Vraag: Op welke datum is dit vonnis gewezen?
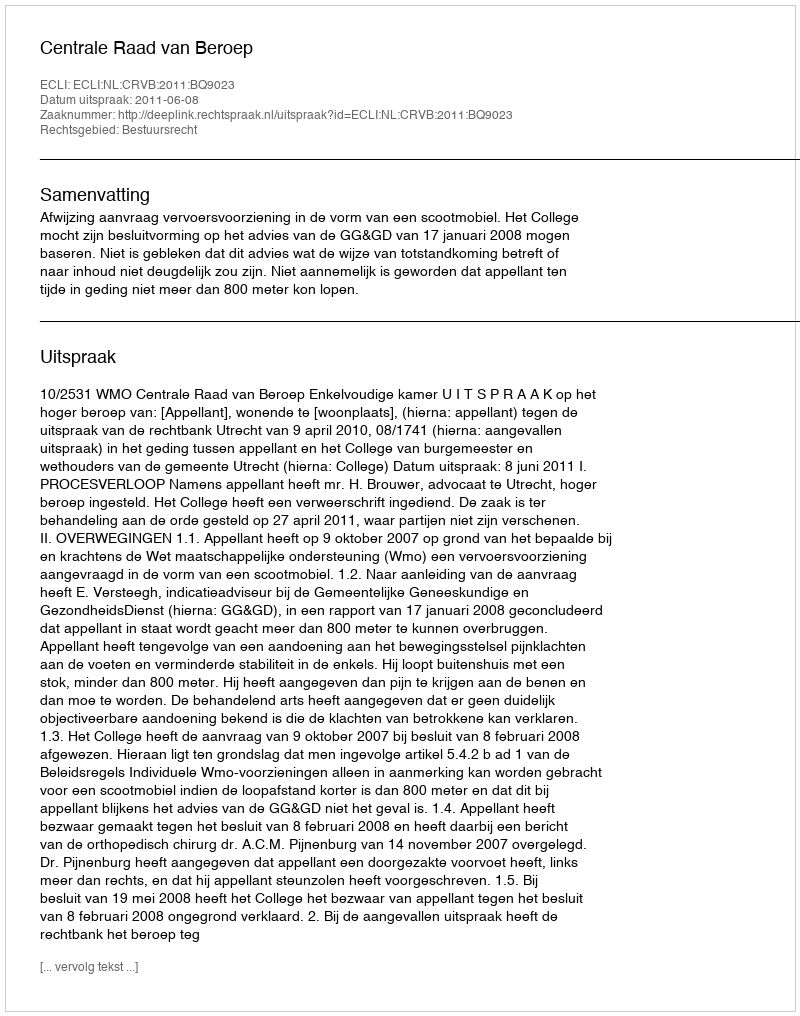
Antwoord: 2011-06-08